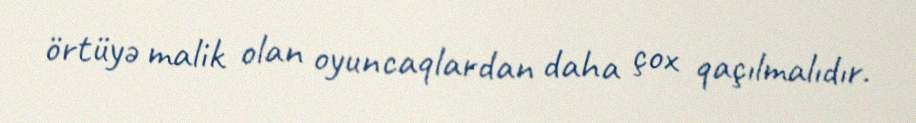
örtüyə malik olan oyuncaqlardan daha çox qaçılmalıdır.